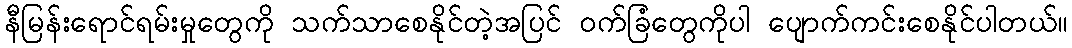
နီမြန်းရောင်ရမ်းမှုတွေကို သက်သာစေနိုင်တဲ့အပြင် ဝက်ခြံတွေကိုပါ ပျောက်ကင်းစေနိုင်ပါတယ်။